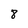
Character: 8